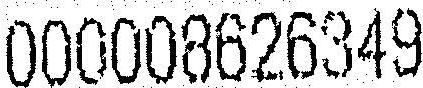
000008626349